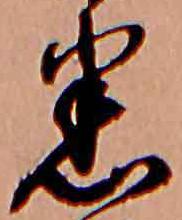
悉